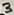
Text: 3